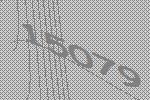
15079